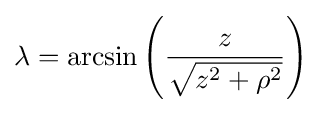
\lambda =\arcsin \left({\frac {z}{\sqrt {z^{2}+\rho ^{2}}}}\right)